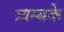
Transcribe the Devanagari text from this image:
त्र्यम्बके